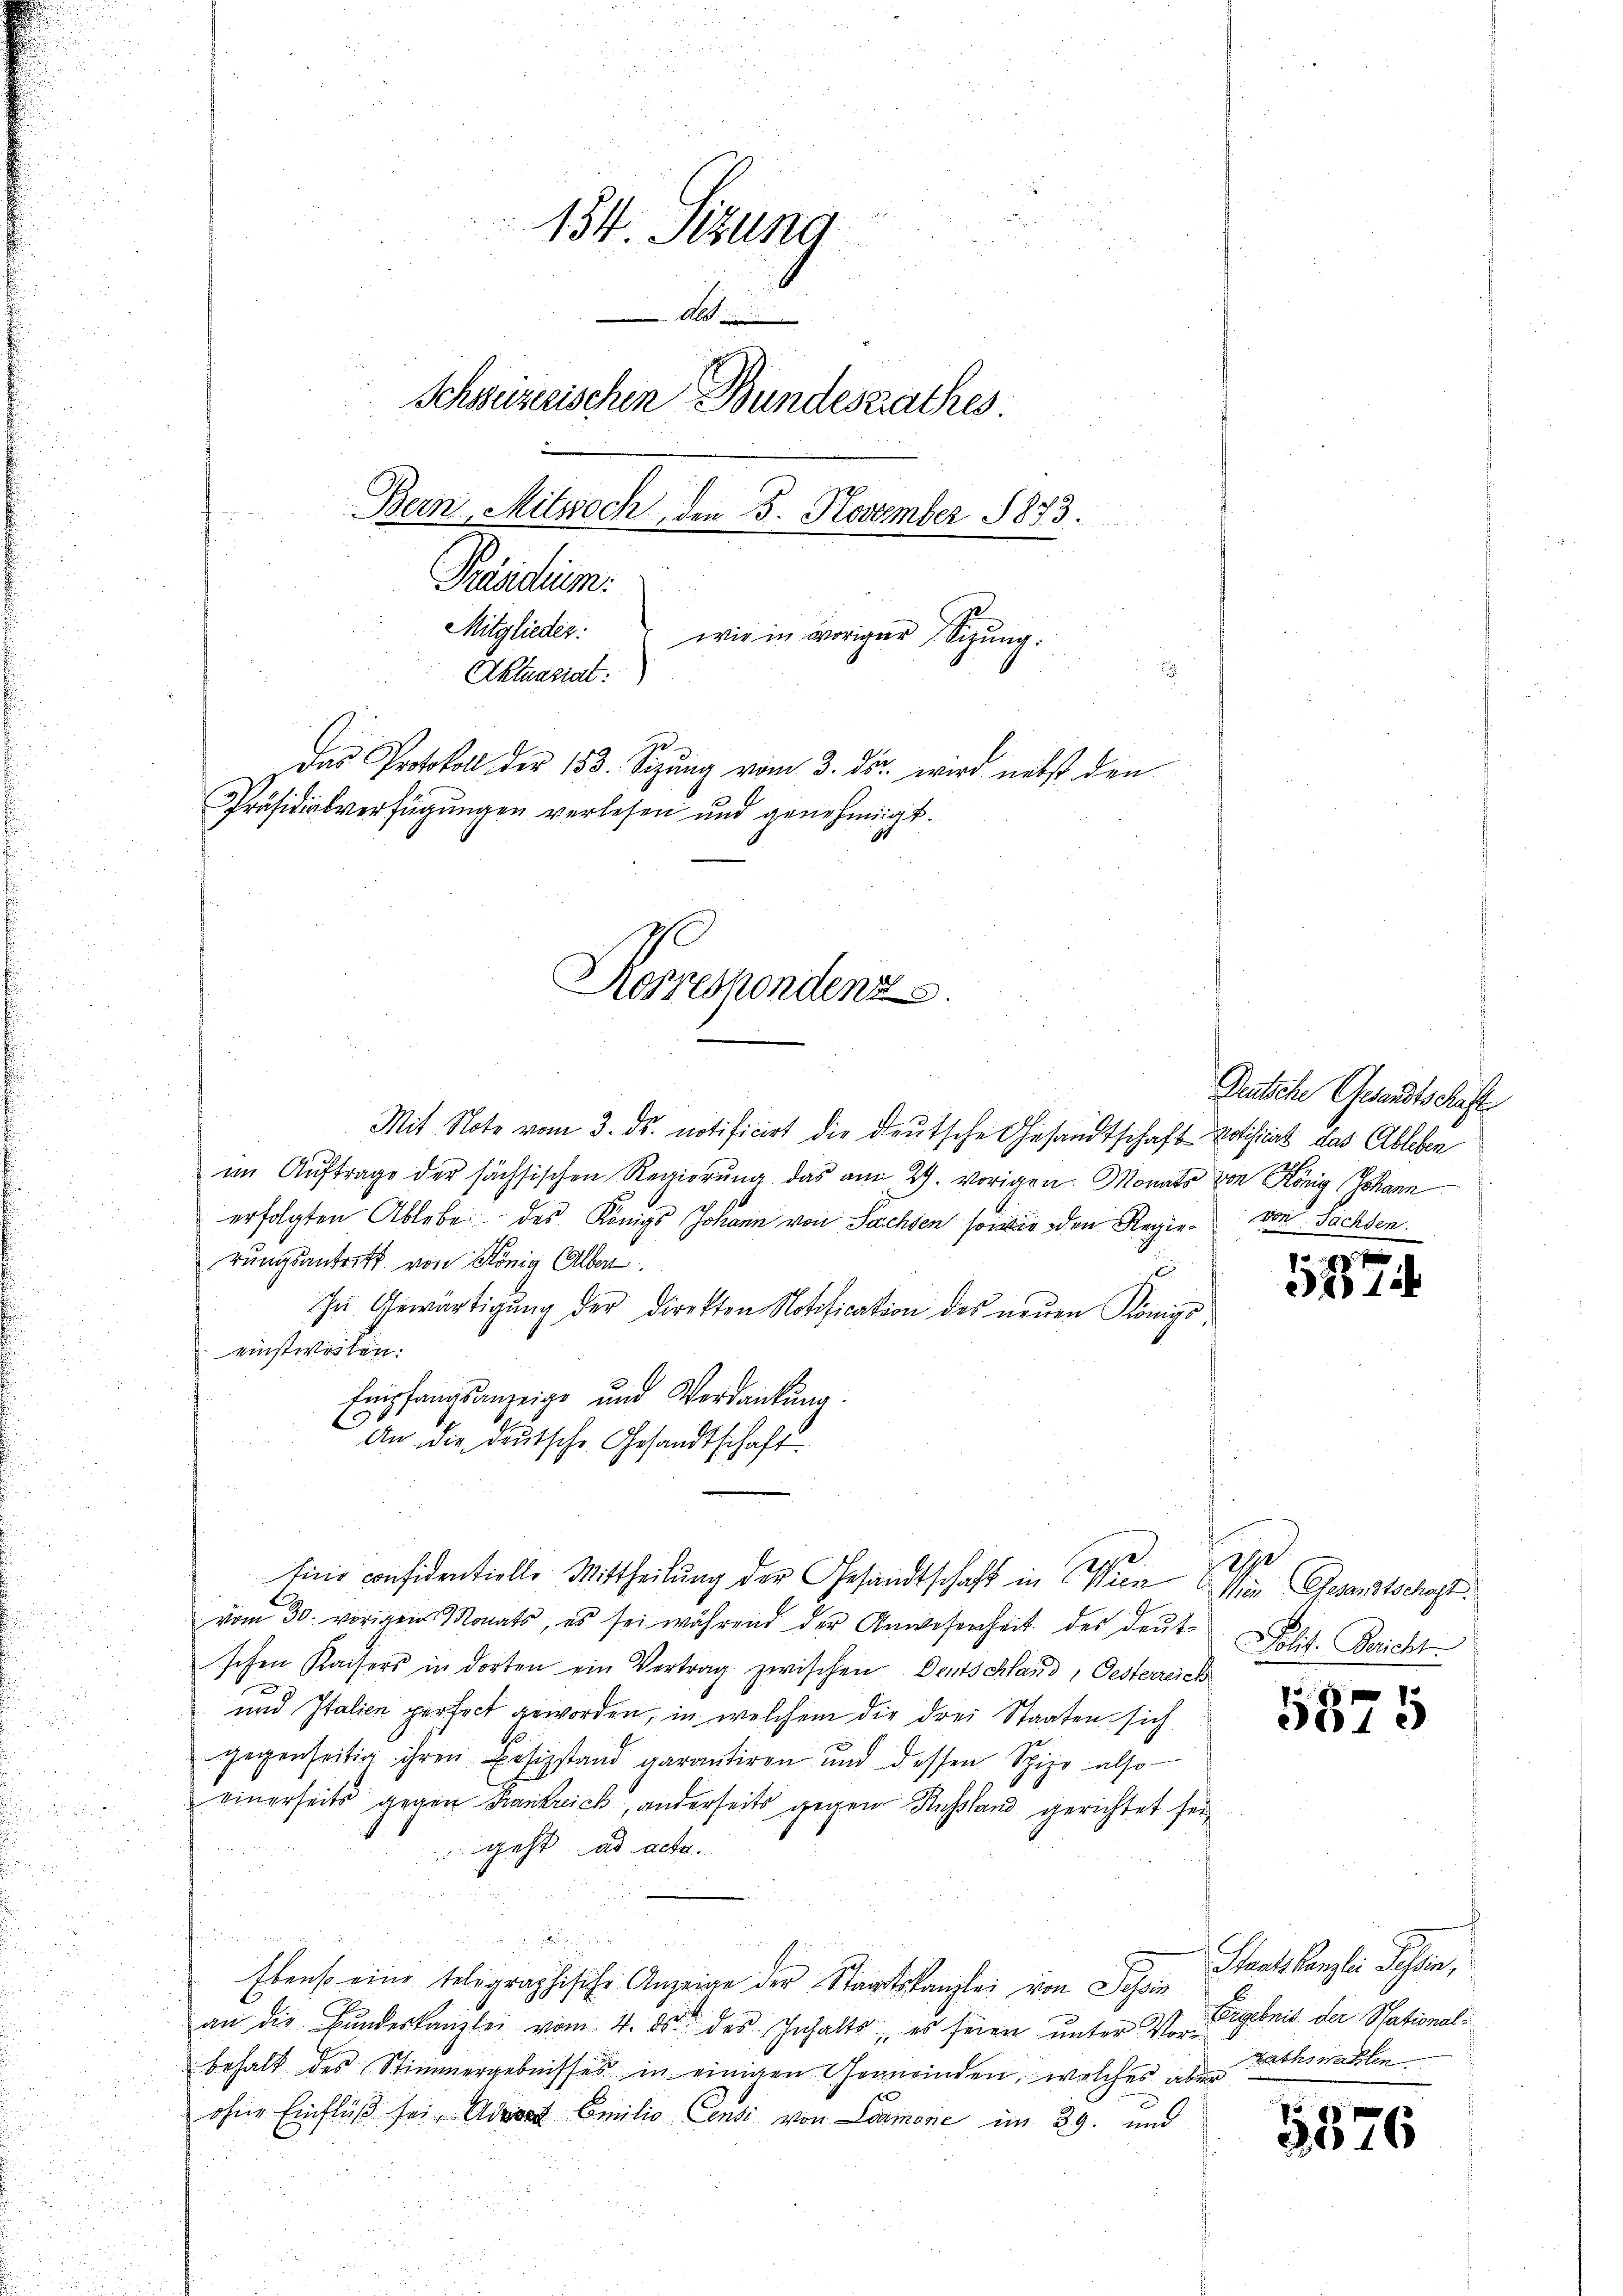
154. Sitzung
Alb
Schweizerischen Bundesrathes
Bern, Mitwoch, den 5. November 1873.
Präsidium.
Mitglieder.
wir in voriger Sitzung:
Aktuasiat:
Das Protokoll der 153. Sizung vom 3. ds. wird nebst den
Präsidialverfügungen verlesen und genehmigt.
Korrespondenz.

2
Eine confidentielle Mittheilung der Gesandtschaft in Wien Mein Gesandtschaft.

Mit Note vom 3. ds. notificirt die deutsche Gesandtschaft votificat das Ableben
im Auftrage der sächsischen Regierŭng das am 29. vorigen. Monats von König Johann
erfolgten Ablebe des Königs Johann von Sachsen sowie den Regierŭngsantritt. von König Alber
u
In Gewärtigung der Direkton Notification des neuen Königs
einstweilen.
Empfangsanzeige und Verdankung.
An die deutsche Gesandtschaft
vom 30. vorigen Monats, es sei während der Anwesenheit des deutschen Kaisers in dorten ein Vertrag zwischen Deutschland, Oesterreich
und Italien perfect geworden, in welchem die drei Staaten sich
gegenseitig ihren Besizstand garantiren und dessen Spize also
einerseits gegen Frankreich, anderseits gegen Russland gerichtet seigeht ad acta.

i
Ebenso eine telegraphische Anzeige der Staatskanzlei von Schin
an die Bundeskanzlei vom 4. ds. des Inhalts, es seien unter Vorgebnis der Stationalbehalt des Stimmergebnisses in einigen Gemeinden, welches aber
ohne Einfluß sei, Aderat Emilio Censi von amone im 29. und

Deutsche Gesandtschafte
von Sachsen.

2212

2
Polit. Bericht

15
2015

s
Staatskanzlei Tessin,
Rathswahlen

5576